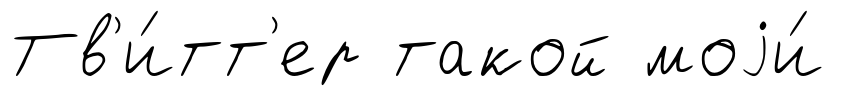
Тв'и́тт'ер такой моjи́